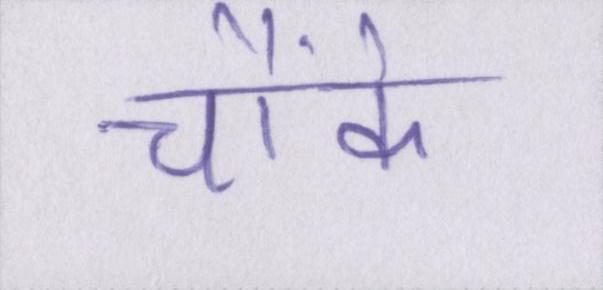
चौंके